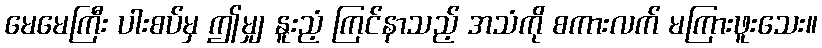
မေမေကြီး ပါးစပ်မှ ဤမျှ နူးညံ့ ကြင်နာသည့် အသံကို စကားလက် မကြားဖူးသေး။